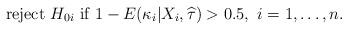
LaTeX: \begin{align*}\mbox{ reject } H_{0i} \mbox{ if } 1-E(\kappa_i|X_i,\widehat{\tau}) > 0.5, \mbox{ $i=1,\dots,n$}.\end{align*}